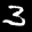
Label: 3